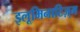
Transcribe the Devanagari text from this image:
इलूमिनाटिज़्म